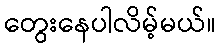
တွေးနေပါလိမ့်မယ်။